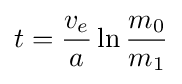
t={\frac {v_{e}}{a}}\ln {\frac {m_{0}}{m_{1}}}